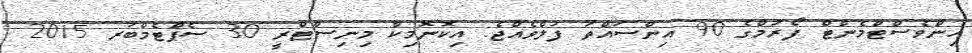
އިންވެސްޓްމެންޓް ފޯރަމްގެ 90 އިންސައްތަ ފުލްވެއްޖެ: އިކޮނޮމިކް މިނިސްޓްރީ 30 ސެޕްޓެމްބަރ 2015